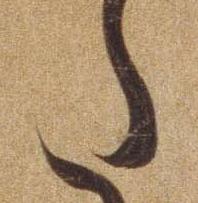
た